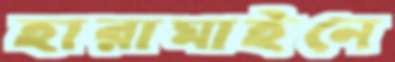
হারামাইনে